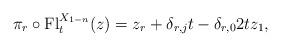
LaTeX: \begin{align*}\pi_r\circ\mathrm{Fl}^{X_{1-n}}_{t}(z)=z_{r}+\delta_{r,j}t-\delta_{r,0}2tz_{1},\end{align*}